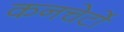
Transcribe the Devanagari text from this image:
कनचेर्टो